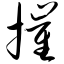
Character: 摧